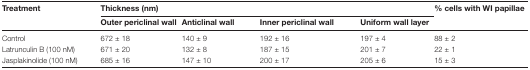
| <ROWSPAN=2> Treatment | <COLSPAN=4> Thickness (nm) | <ROWSPAN=2> % cells with WI papillae |
 | Outer periclinal wall | Anticlinal wall | Inner periclinal wall | Uniform wall layer |
 | --- | --- | --- | --- | --- | --- |
 | Control | 672 ± 18 | 140 ± 9 | 192 ± 16 | 197 ± 4 | 88 ± 2 |
 | Latrunculin B (100 nM) | 671 ± 20 | 132 ± 8 | 187 ± 15 | 201 ± 7 | 22 ± 1 |
 | Jasplakinolide (100 nM) | 685 ± 16 | 147 ± 10 | 200 ± 17 | 205 ± 6 | 15 ± 3 |